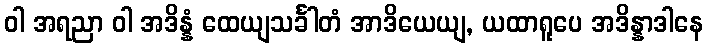
ဝါ အရညာ ဝါ အဒိန္နံ ထေယျသင်္ခါတံ အာဒိယေယျ, ယထာရူပေ အဒိန္နာဒါနေ